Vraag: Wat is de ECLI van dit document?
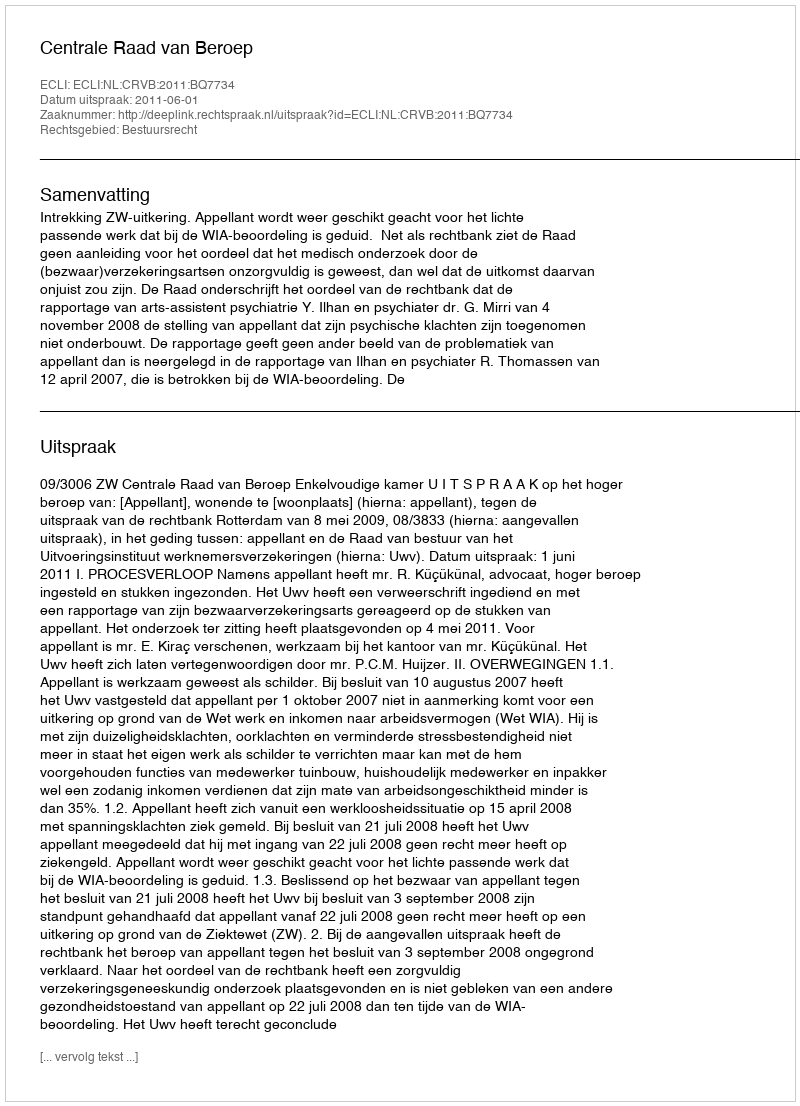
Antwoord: ECLI:NL:CRVB:2011:BQ7734